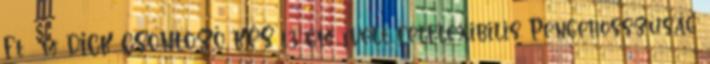
Ft m DICK CSONTOZÓ KÉS 13 cm ívelt félflexibilis Pengehosszúság